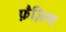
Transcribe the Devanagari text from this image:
फ़ैज़िया